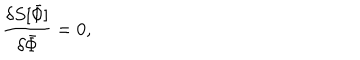
{ \frac { \delta S [ \bar { \mit \Phi } ] } { \delta \bar { \mit \Phi } } } = 0 ,